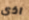
اذى